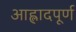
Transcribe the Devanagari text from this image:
आह्लादपूर्ण